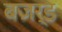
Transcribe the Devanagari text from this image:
बज़र्ड